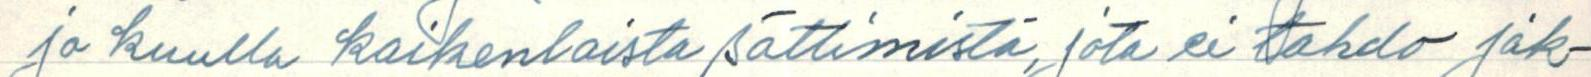
ja kuulla kaikenlaista sättimistä, jota ei tahdo jak-